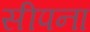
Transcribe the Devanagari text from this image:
सीपना